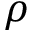
\rho